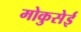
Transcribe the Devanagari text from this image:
मोकुसेई